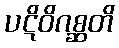
ပဋိဝိဂစ္ဆတိ